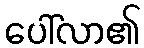
ပေါ်လာ၏